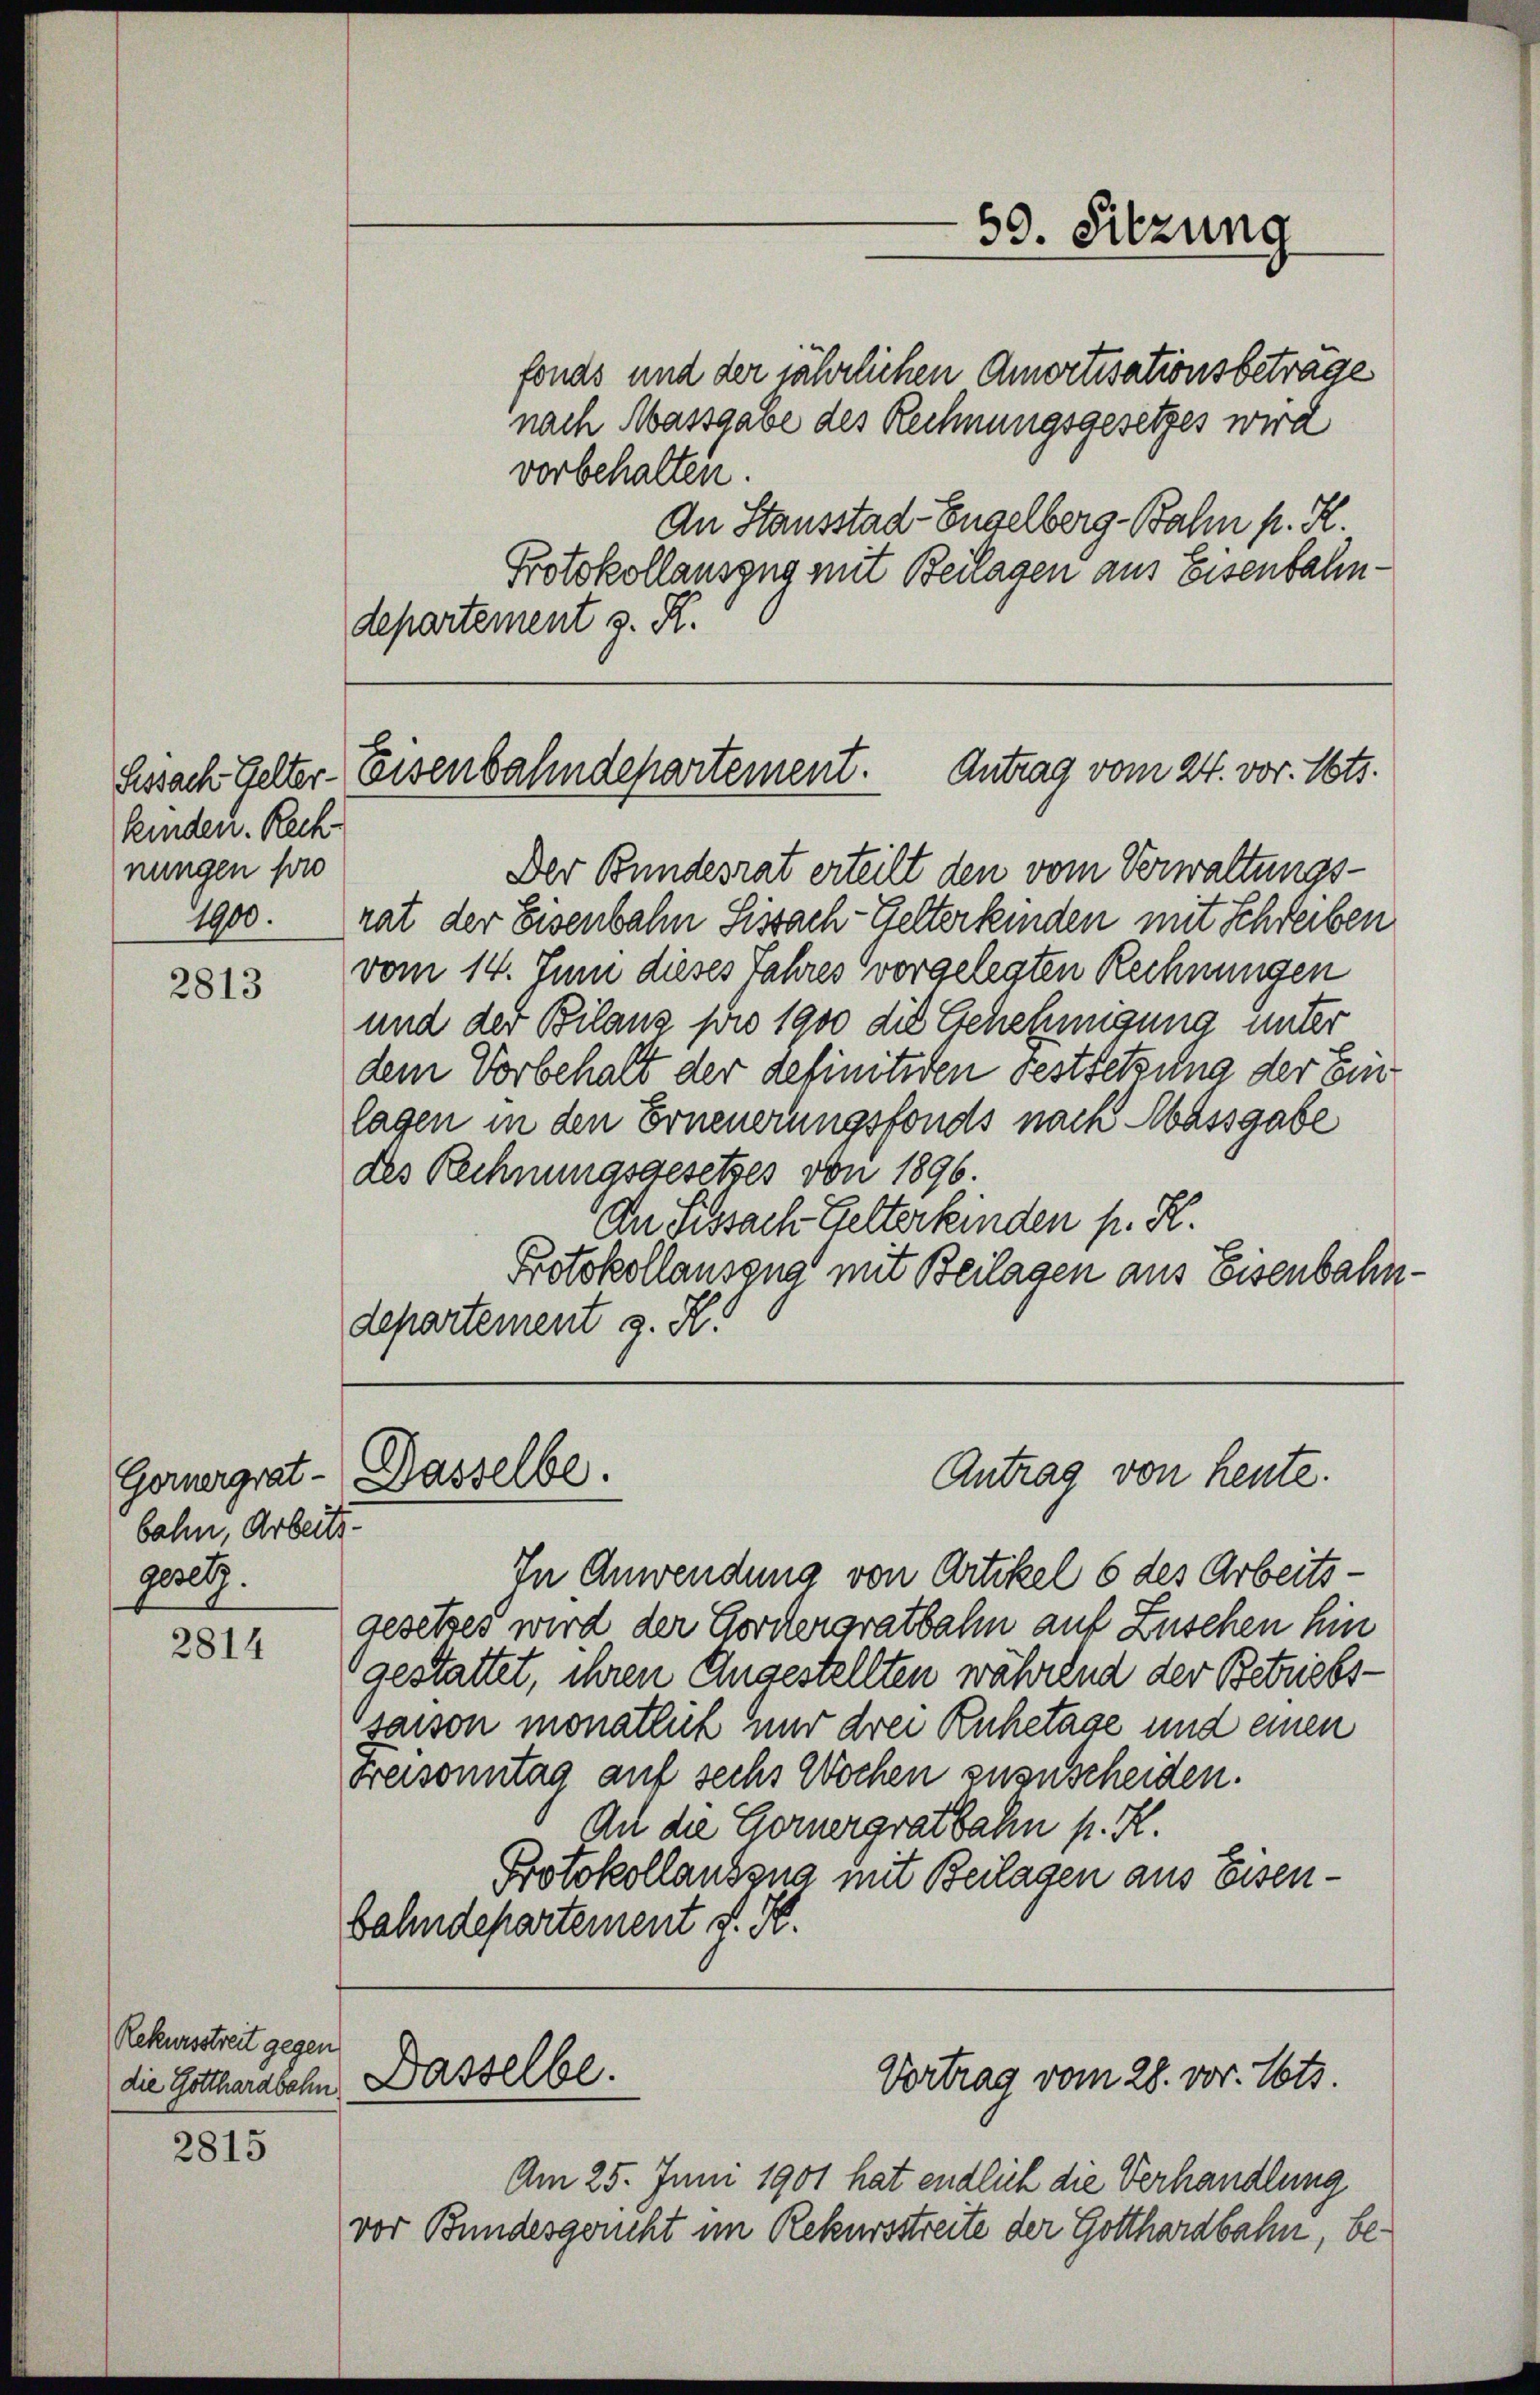
kinden. Rechnungen pro
1900.

2813

bahn, Arbeits.
gesetz.

2814

Rekursstreit gegen
die Gotthardbahn

2815

fonds und der jährlichen Amortisationsbeträge
nach Massgabe des Rechnungsgesetzes wird
vorbehalten.
An Stausstad-Engelberg-Bahn p. K.
Protokollauszug mit Beilagen aus Eisenbahndepartement z. R.

Lissach Gelter Eisenbahndepartement. Antrag vom 24. vor. Mts.

Goruergrat- Dasselbe.

Dasselbe.

59. Sitzung

Der Bundesrat erteilt den vom Verwaltungsrat der Eisenbahn Sissach- Gelterkinden mit Schreiben
vom 14. Juni dieses Jahres vorgelegten Rechnungen
und der Bilanz pro 1900 die Genehmigung unter
dem Vorbehalt der definitiven Festsetzung der Einlagen in den Erneuerungsfonds nach Massgabe
des Rechnungsgesetzes von 1896.
Dn Sissach Gelterkinden p. K.
Protokollauszug mit Beilagen aus Eisenbahn.
departement z. K.

Antrag von heute.

In Anwendung von Artikel 6 des Arbeitsgesetzes wird der Gordergratbahn auf Zuschen hin
gestattet, ihren Angestellten während der Betriebssaison monatlich und drei Ruhetage und einen
Freisonntag auf sechs Wochen zuzuscheiden.
An die Gernergratbahn p. R.
Protokollaubsna mit Beilagen aus Eisenbahndepartement v. M.

Vortrag vom 28. vor. Mts.

Am 25. Juni 1901 hat endlich die Verhandlung
vor Bundesgericht im Rekursstreite der Gotthardbahn, be¬